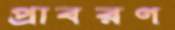
প্রাবরণ